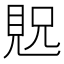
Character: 𫌝